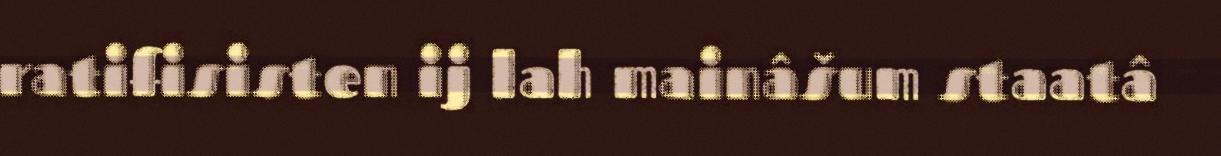
ratifisisten ij lah mainâšum staatâ